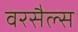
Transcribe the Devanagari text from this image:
वरसैल्स